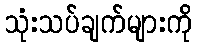
သုံးသပ်ချက်များကို